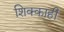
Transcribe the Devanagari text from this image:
शिक्काही